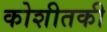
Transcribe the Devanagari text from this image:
कोशीतकी